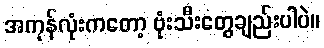
အကုန်လုံးကတော့ ဗုံးသီးတွေချည်းပါပဲ။